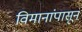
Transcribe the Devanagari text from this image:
विमानांपासून